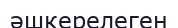
әшкерелеген